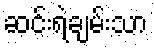
ဆင်းရဲချမ်းသာ